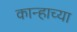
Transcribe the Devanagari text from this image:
कान्हाच्या